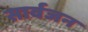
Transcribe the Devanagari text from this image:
सार्वजन